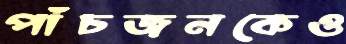
পাঁচজনকেও